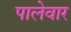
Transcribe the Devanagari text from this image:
पालेवार